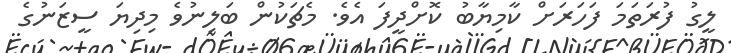
ލީގު ފުރަތަމަ ފަހަރަށް ކާމިޔާބު ކޮށްދީފަ އެވެ. މެޗަކުން ބަލިނުވެ މިދިޔަ ސީޒަނުގެ